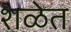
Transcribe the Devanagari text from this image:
शळेत